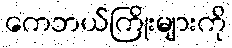
ကေဘယ်ကြိုးများကို